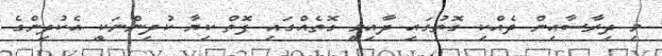
މި ދިރާސާއިން ދެއްކި ގޮތުގައި ދާއިމީ ގޮތެއްގައި ފޮތް ކިޔާ ކުދިންނަކީ އެކުދިންގެ